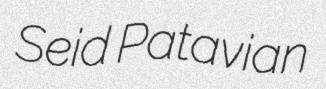
Seid Patavian